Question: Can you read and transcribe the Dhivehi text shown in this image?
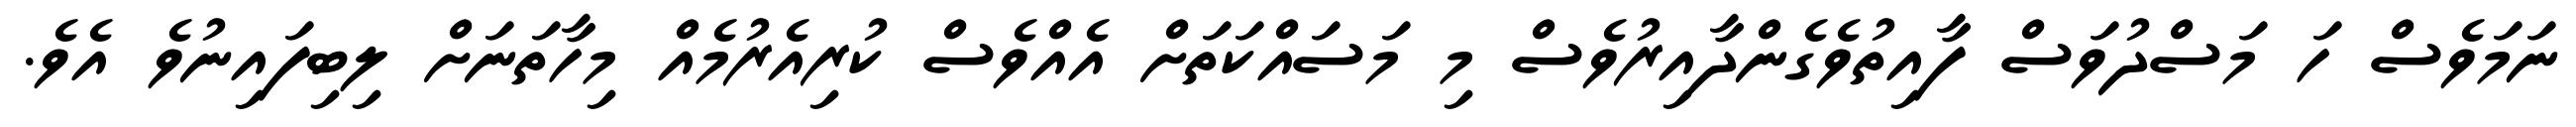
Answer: ނަމަވެސް ހަ މަސްދުވަސް ފާއިތުވެގެންދާއިރުވެސް މި މަސައްކަތަށް އެއްވެސް ކުރިއެރުމެއް މިހާތަނަށް ލިބިފައިނުވެ އެވެ.